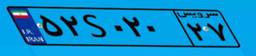
۵۲S۰۲۰۲۷